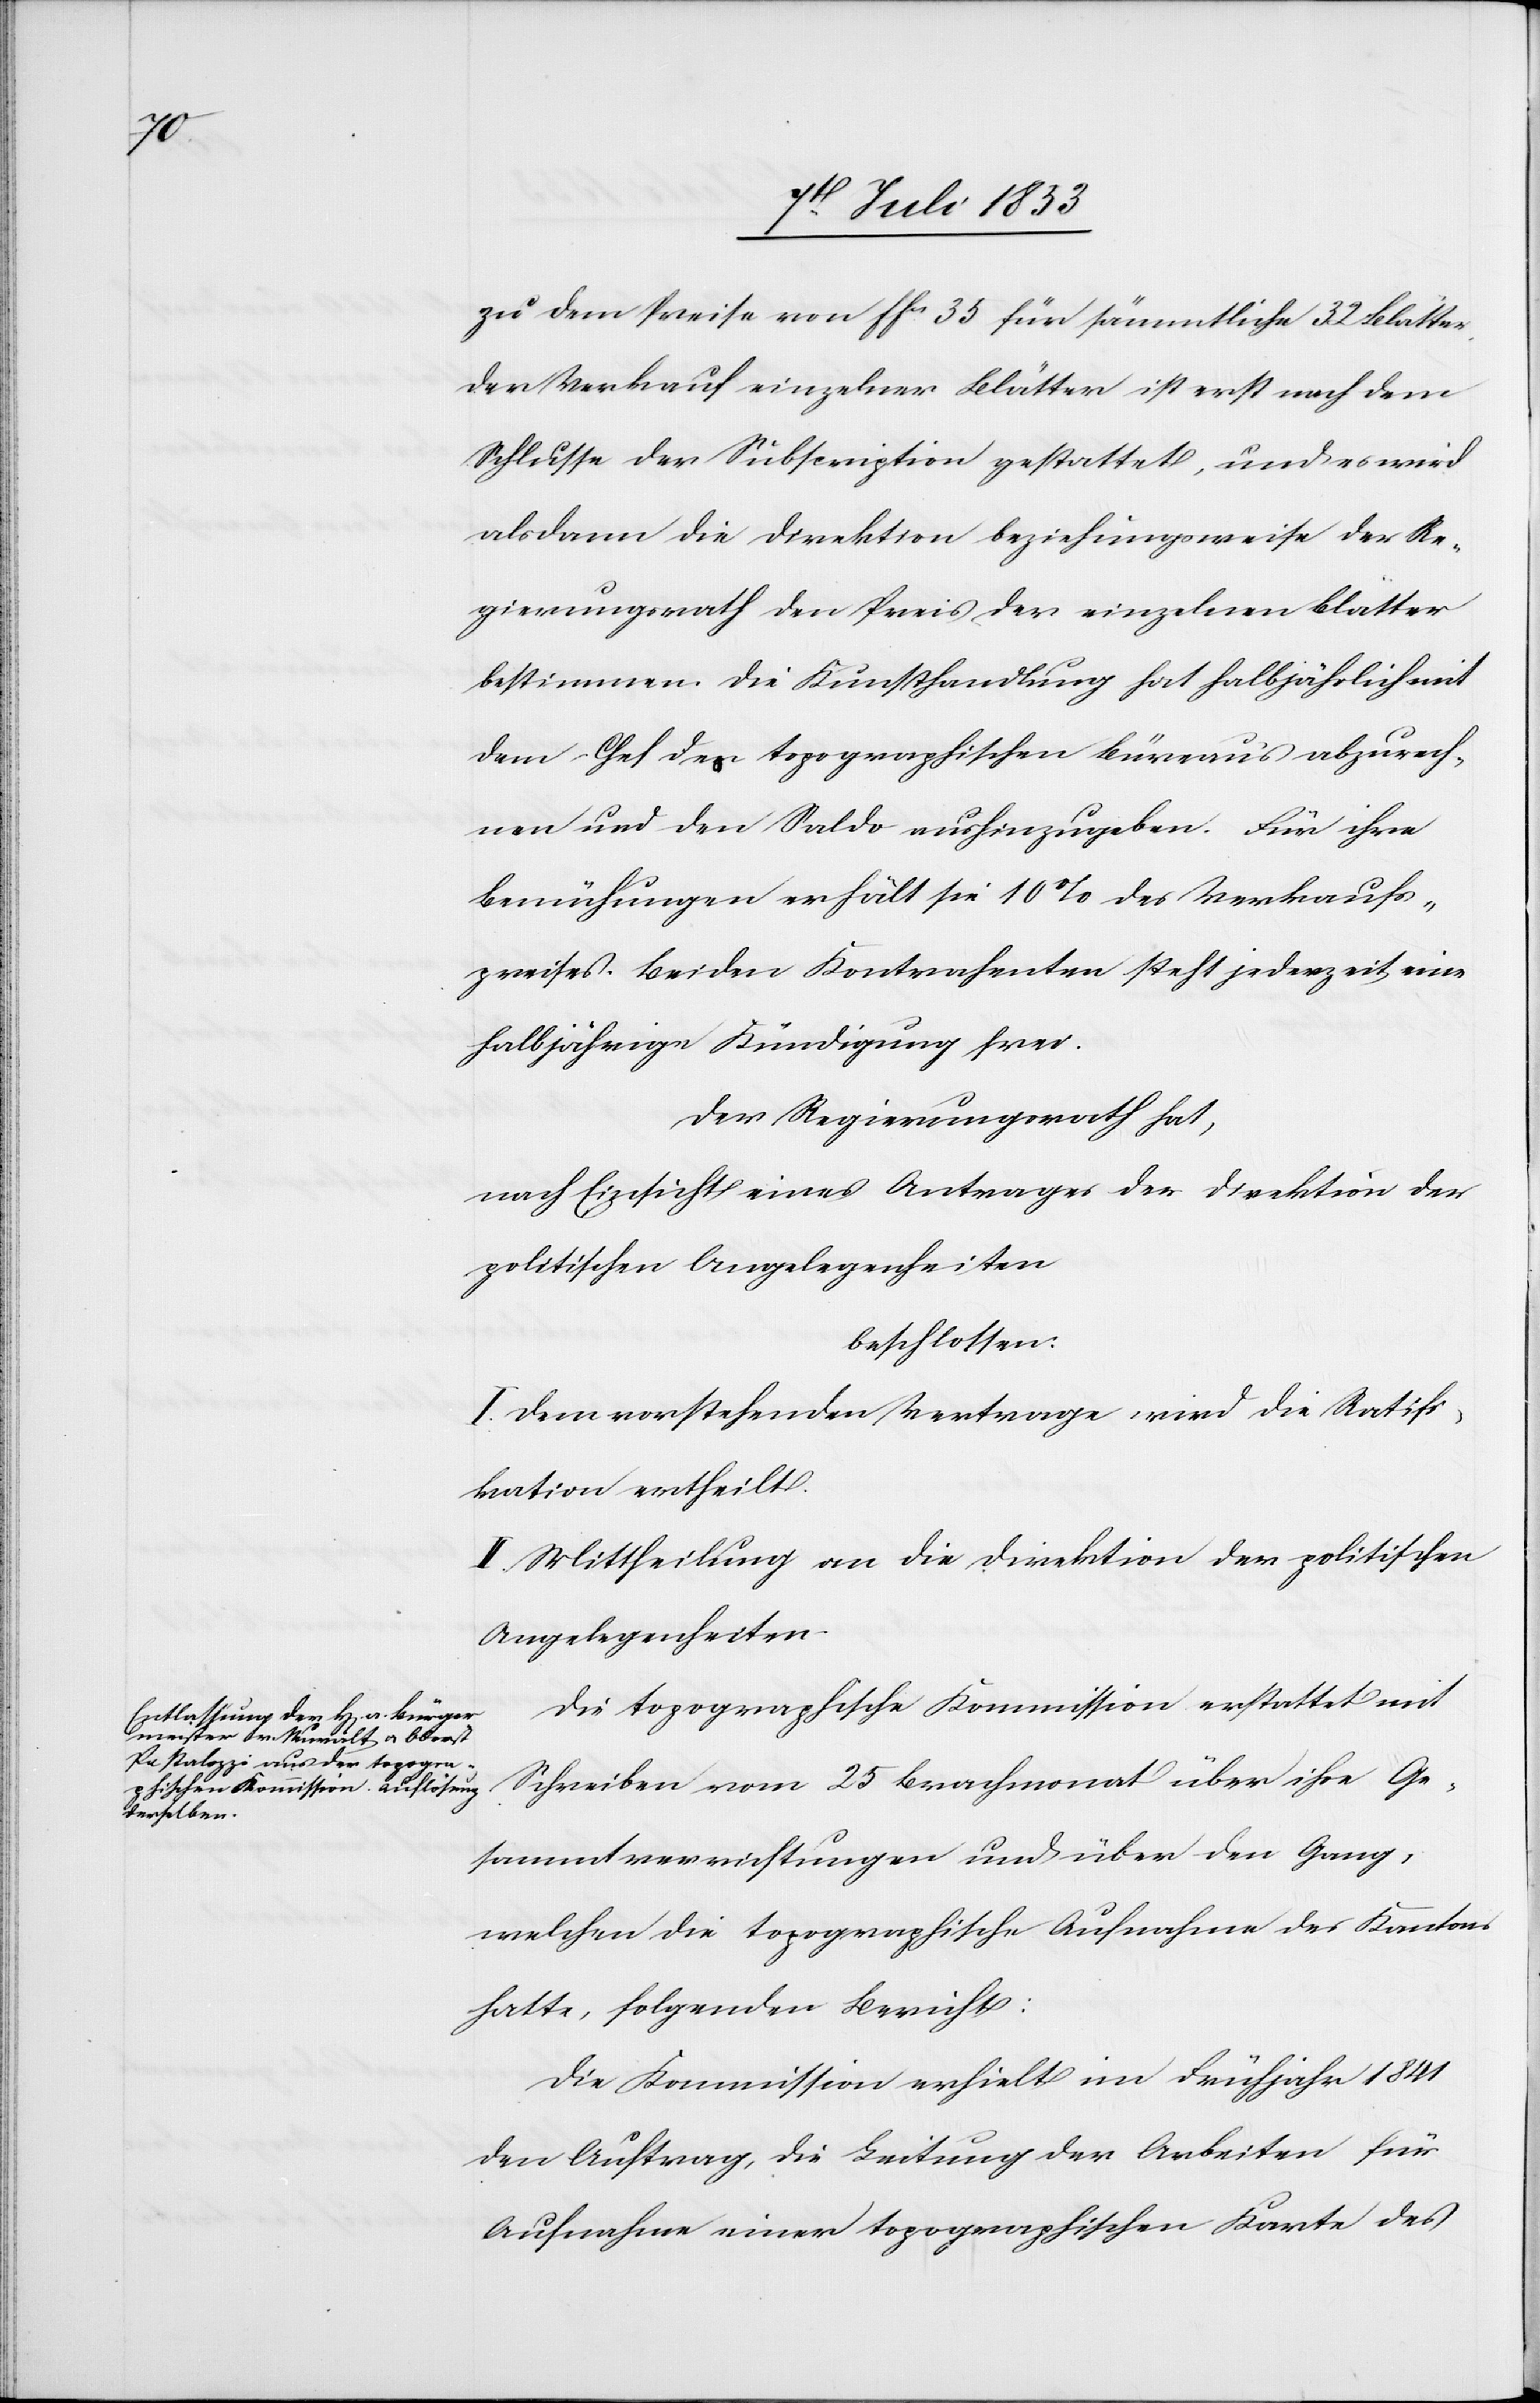
zu dem Preise von ffcs 35 für sämmtliche 32 Blätter
der Verkauf einzelner Blätter ist erst nach dem
Schlusse der Subscription gestattet, und es wird
alsdann die Direktion beziehungsweise der Re¬
gierungsrath den Preis der einzelnen Blätter
bestimmen. Die Kunsthandlung hat halbjährlich mit
dem Chef des topographischen Büreau‘s abzurech¬
nen und den Saldo aushinzugeben. Für ihre
Bemühungen erhält sie 10% des Verkaufs¬
preises. Beiden Kontrahenten steht jederzeit eine
halbjährige Kündigung frei.
Der Regierungsrath hat,
nach Einsicht eines Antrages der Direktion der
politischen Angelegenheiten
beschlossen:
I. Dem vorstehenden Vertrage wird die Ratifi¬
kation ertheilt.
II. Mittheilung an die Direktion der politischen
Angelegenheiten.
Die topographische Kommission erstattet mit
Schreiben vom 25 Brachmonat über ihre Ge¬
sammtverrichtungen und über den Gang
welchen die topographische Aufnahme des Kantons
hatte, folgenden Bericht:
Die Kommission erhielt im Frühjahr 1841
den Auftrag, die Leitung der Arbeiten für
Aufnahme einer topographischen Karte des